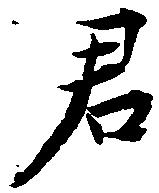
君